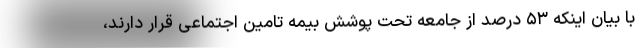
با بیان اینکه ۵۳ درصد از جامعه تحت پوشش بیمه تامین اجتماعی قرار دارند،